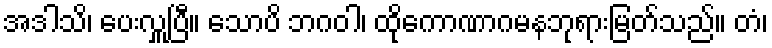
အဒါသိ၊ ပေးလှူပြီ။ သောပိ ဘဂဝါ၊ ထိုကောဏာဂမနဘုရားမြတ်သည်။ တံ၊